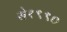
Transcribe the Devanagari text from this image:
से१९९०